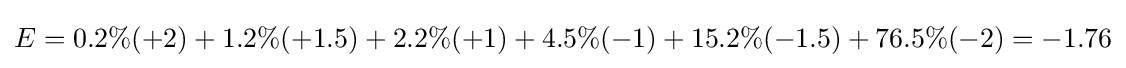
E=0.2\%(+2)+1.2\%(+1.5)+2.2\%(+1)+4.5\%(-1)+15.2\%(-1.5)+76.5\%(-2)=-1.76